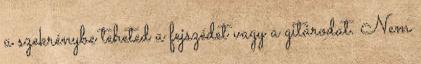
a szekrénybe teheted a fejszédet vagy a gitárodat. Nem